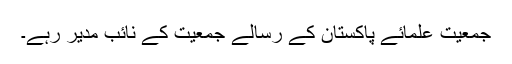
جمعیت علمائے پاکستان کے رسالے جمعیت کے نائب مدیر رہے۔